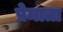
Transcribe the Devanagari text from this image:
प्रेमाता